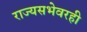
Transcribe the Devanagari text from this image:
राज्यसभेवरही